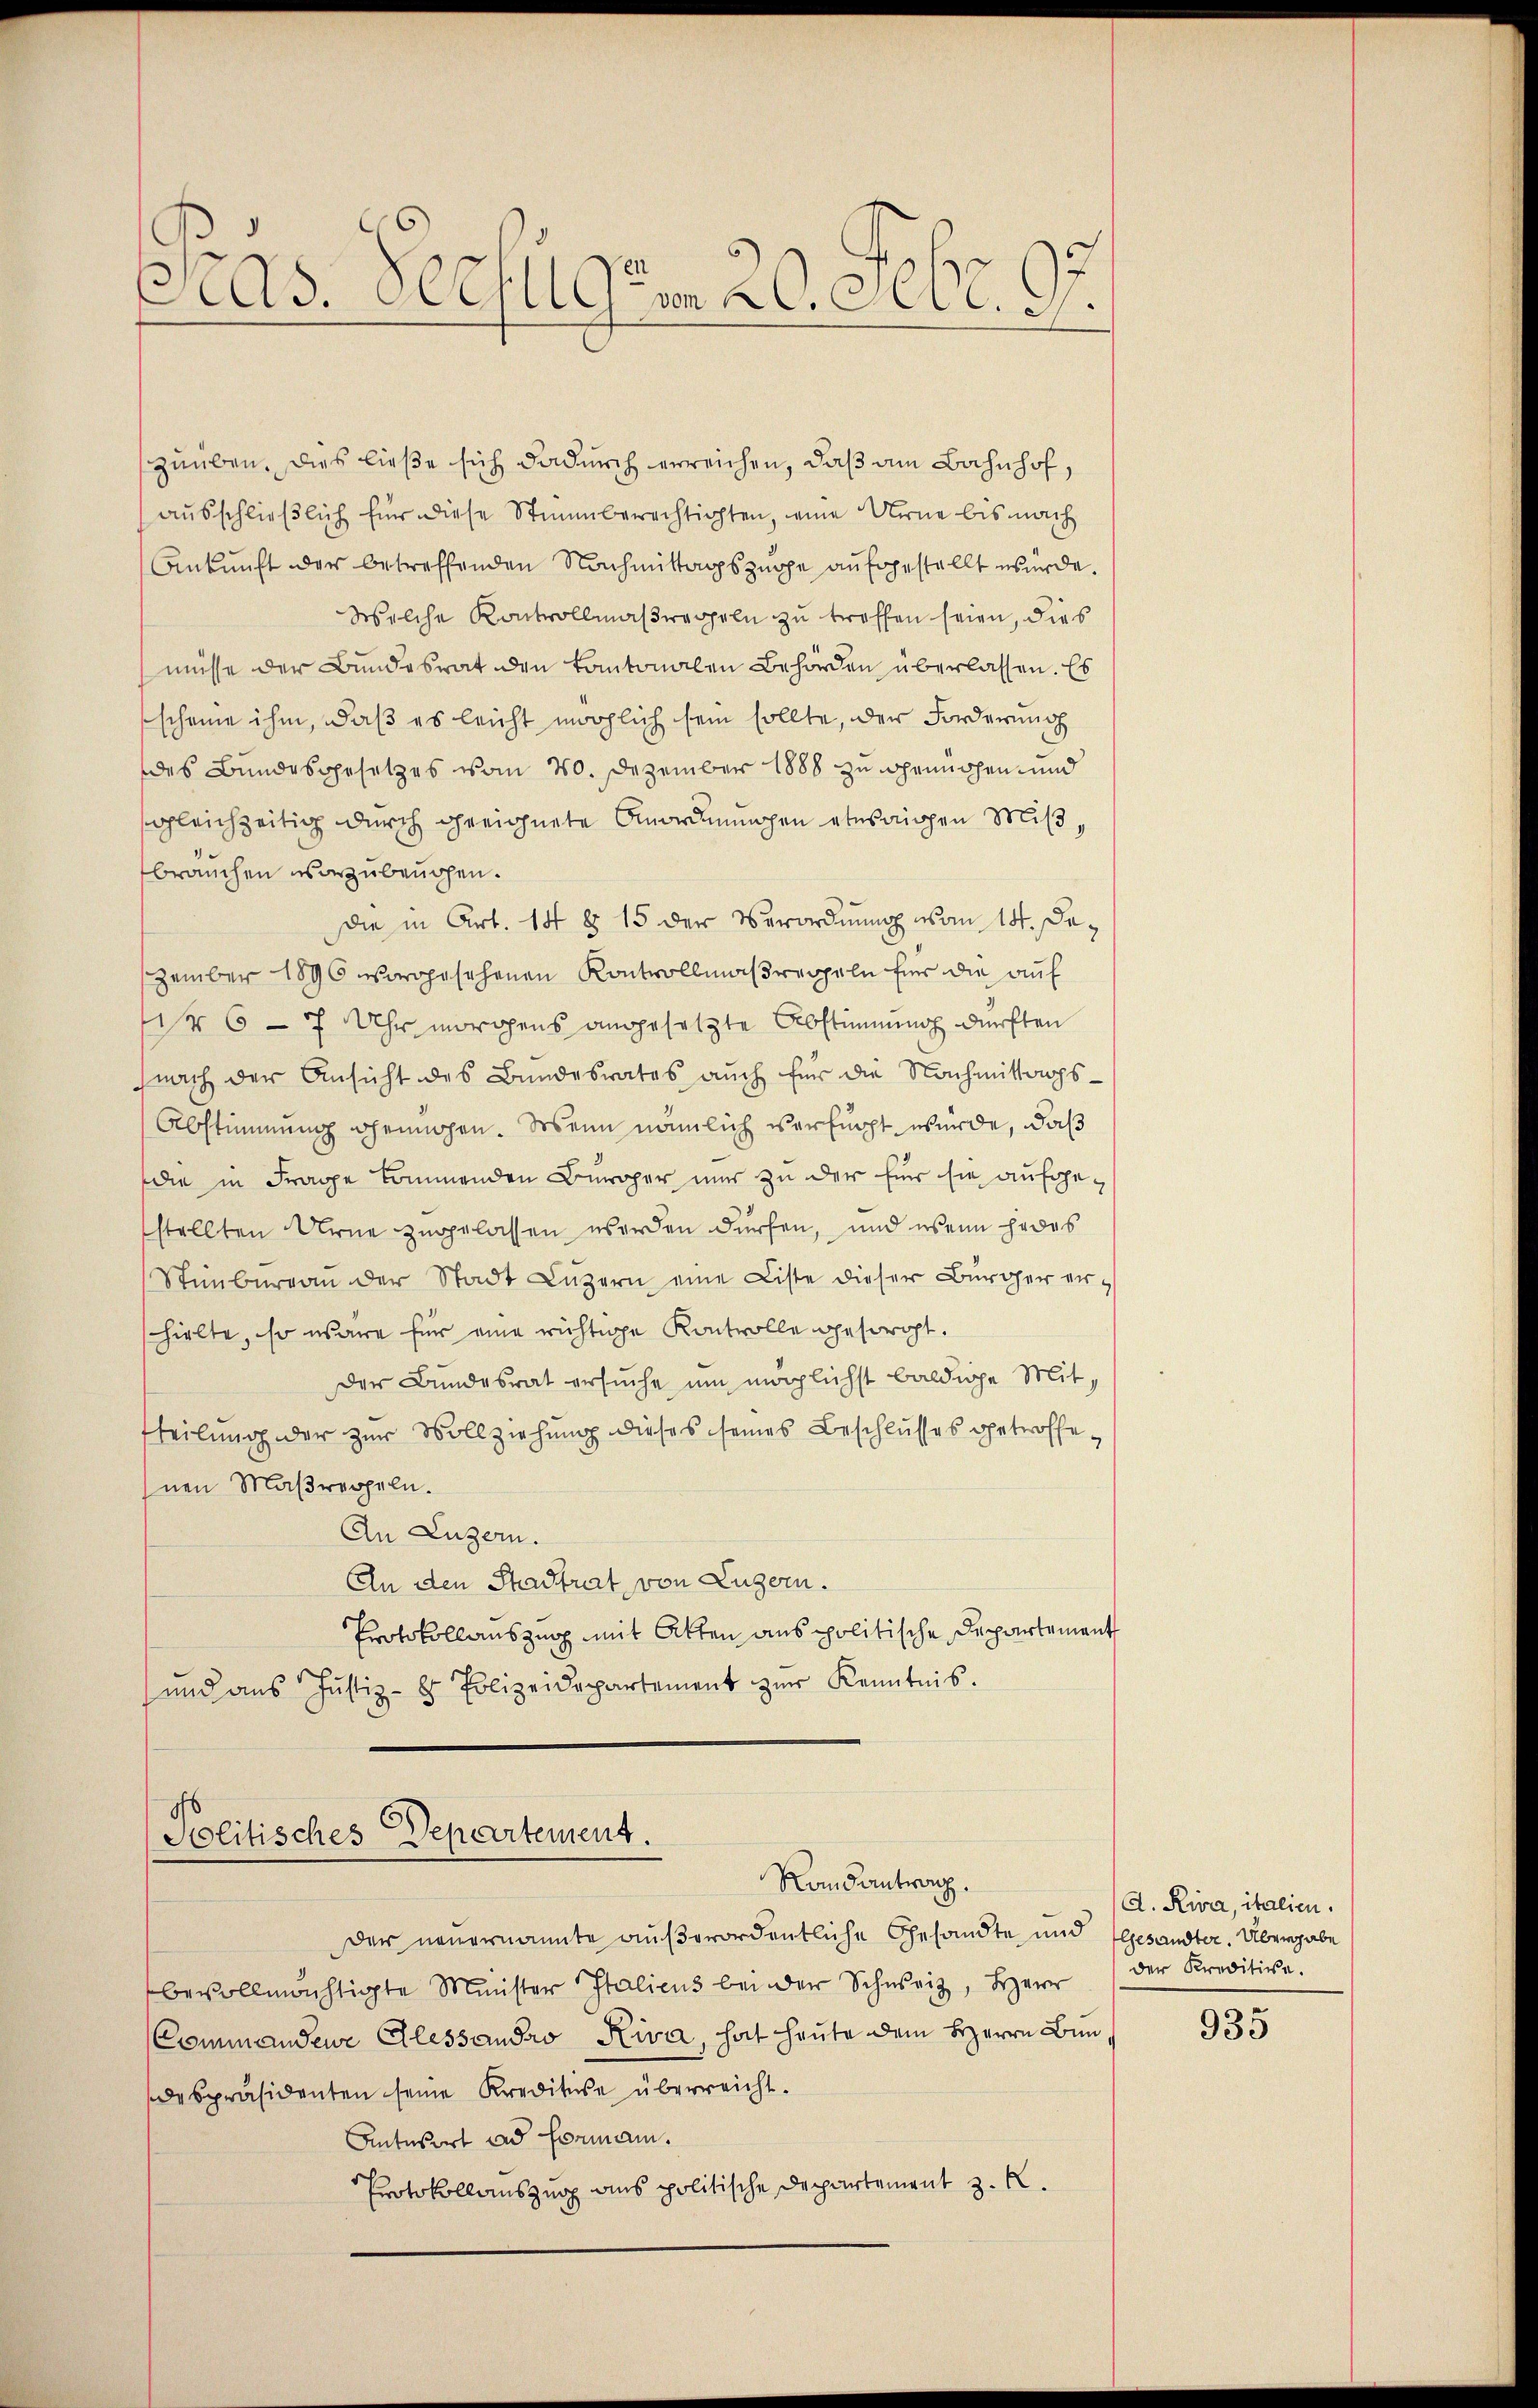
Präs. Schulgem. 20. Febr. 97.

zuüben. Dies ließe sich dadurch erreichen, daß am Bahnhof,
ausschließlich für diese Stimmberechtigten, eine Urne bis mach
Ankunft der betreffenden Nachmittagszuppe aufgestellt wurde.
Welche Kontrollmaßregeln zu treffen seien, dies
müsse der Bundesrat den kantonalen Behörden überlassen. Es
scheine ihm, daß es leicht möglich sein sollte, der Forderung
des Bundesgesetzes vom 20. Dezember 1888 zu dennochen und
sgleichzeitig durch geeignete Anordnungen etwaigen Mißbrauchen vorzubeuchen.
dDie in Art. 14 § 15 der Verordnung von 14. Dezember 1896 vorgesehenen Kontvollmaßregeln für die auf
 6 - 7 Uhr morgens angesetzte Abstimmung durften
nach der Ansicht des Bundesrates auch für die Nachmittags¬
Abstimmung hennochen. Wein nämlich versucht wurde, daß
die in Frage kommenden Bürger nur zu der für sie aufgestellten Urne zugelassen werden dürfen, und wenn jedes
Stinbureau der Stadt Luzern eine Liste dieser Bürger erhielte, so wäre für eine richtige Kontrolle gesorgt.
der Bundesrat ersuche um möglichst baldige Mittteilung der zur Vollziehung dieses seines Beschlusses getroffenen Maßreppeln.
An Luzern.
An den Stadtrat von Luzern.
Protokollauszug mit Atten aus politische Departement
und aus Justiz- & Polizeidepartement zŭr Kenntnis.

Departement.
Politisches
Randantrag.

Der neuernannte außerordentliche Gesandte und Gesandter. Übergabe
bevollmächtigte Minister Italicus bei der Schweiz, Herr
Commandene Alessandro Riva, hat heute dem HHerrn Bundespräsidenten seine Kreditire überreicht.
Antwort und formann.
Protokollauszug aus politische Departement z. K.

A. Riva, italien.
der Kreditive.

935